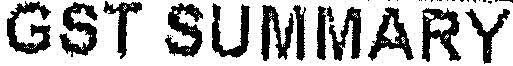
GST SUMMARY